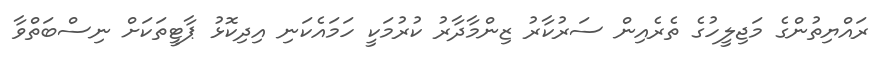
ރައްޔިތުންގެ މަޖިލީހުގެ ތެރެއިން ސަރުކާރު ޒިންމާދާރު ކުރުމަކީ ހަމައެކަނި އިދިކޮޅު ޕާޓީތަކަށް ނިސްބަތްވާ